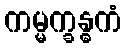
ကမ္မက္ခန္ဓကံ